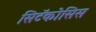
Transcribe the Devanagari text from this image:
सिटॅकोसिस